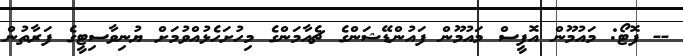
-- ފޮޓޯ: މައުމޫން އޮފީސް މައުމޫން ފައުންޑޭޝަންގެ ޗެއާމަންގެ މިހުށަހެޅުއްވުމަށް ޔުނިވާސިޓީގެ ފަރާތުން